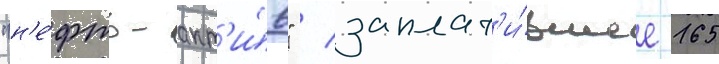
"н'е́фть-акт'и́в" / заплат'и́вшее 165